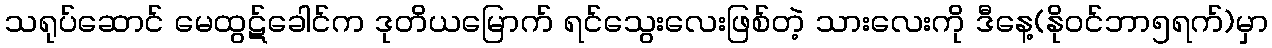
သရုပ်ဆောင် မေထွဋ်ခေါင်က ဒုတိယမြောက် ရင်သွေးလေးဖြစ်တဲ့ သားလေးကို ဒီနေ့(နိုဝင်ဘာ၅ရက်)မှာ